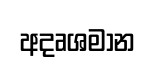
අදෘශමාන